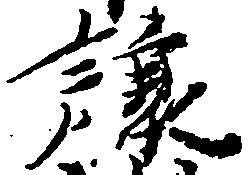
譲